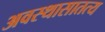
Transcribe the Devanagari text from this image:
अवस्थासातत्य